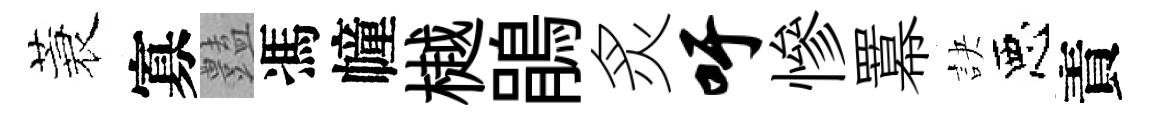
蓑寡𧰟馮幢樾鵑炙吁慘羃訣惡責